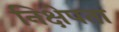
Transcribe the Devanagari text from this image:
निक्षेपता